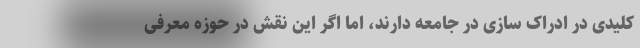
کلیدی در ادراک سازی در جامعه دارند، اما اگر این نقش در حوزه معرفی